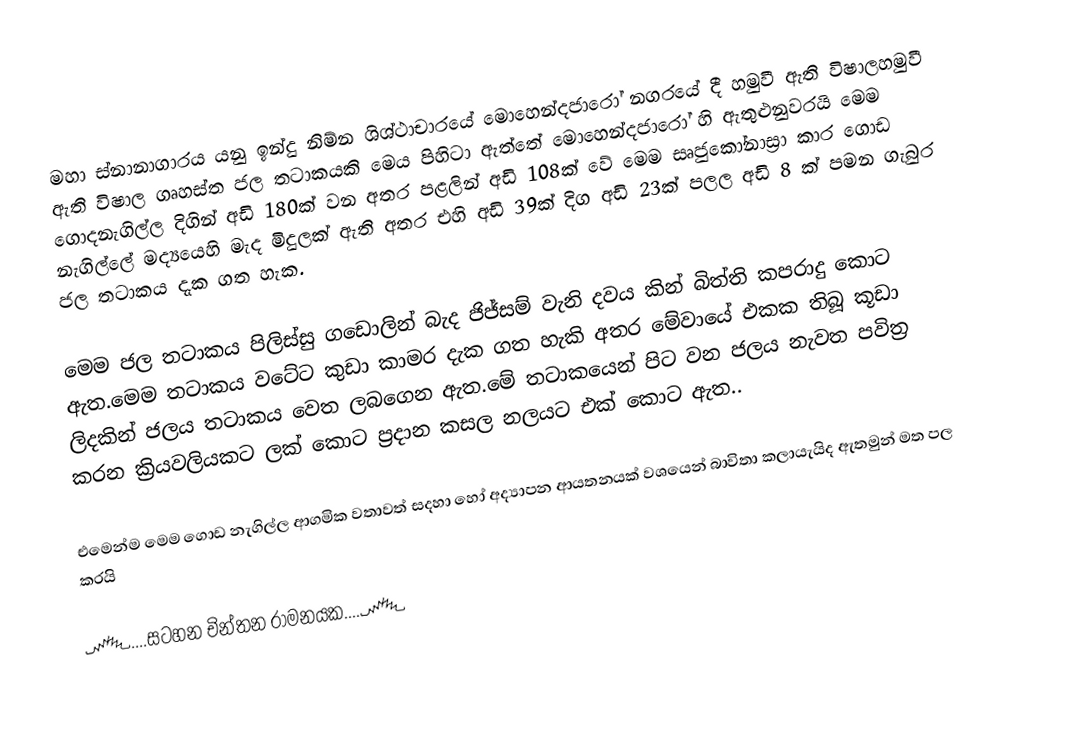
මහා ස්නානාගාරය යනු ඉන්දු නිම්න ශිශ්ථාචාරයේ මොහෙන්දජාරෝ නගරයේ දී හමුවී ඇති විෂාලහමුවී ඇති විෂාල ගෘහස්ත ජල තටාකයකි මෙය පිහිටා ඇත්තේ මොහෙන්දජාරෝ හි ඇතුළුනුවරයි මෙම ගොදනැගිල්ල දිගින් අඩි 180ක් වන අතර පළලින් අඩි 108ක් වේ මෙම සෘජුකෝනාස්‍රා කාර ගොඩ නැගිල්ලේ මද්‍යයෙහි මැද මිදුලක් ඇති අතර එහි අඩි 39ක් දිග  අඩි 23ක් පලල අඩි 8 ක් පමන ගැබුර ජල තටාකය දැක ගත හැක.

මෙම ජල තටාකය පිලිස්සු ගඩොලින් බැද ජිජ්සම් වැනි දවය කින් බිත්ති කපරාදු කොට ඇත.මෙම තටාකය වටේට කුඩා කාමර දැක ගත හැකි අතර මේවායේ එකක තිබූ කූඩා ලිදකින් ජලය තටාකය වෙත ලබගෙන ඇත.මේ තටාකයෙන් පිට වන ජලය නැවත පවිත්‍ර කරන ක්‍රියවලියකට ලක් කොට ප්‍රදාන කසල නලයට එක් කොට ඇත..

එමෙන්ම මෙම ගොඩ නැගිල්ල ආගමික වතාවත් සදහා හෝ අද්‍යාපන ආයතනයක් වශයෙන් බාවිතා කලායැයිද ඇතමුන් මත පල කරයි

෴....සටහන චින්තන රාමනයක....෴